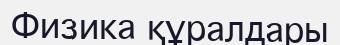
Физика құралдары